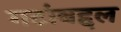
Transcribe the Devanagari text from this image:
गटांबद्दल